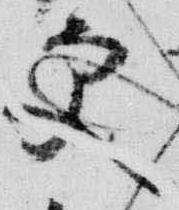
更